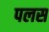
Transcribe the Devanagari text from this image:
पलस